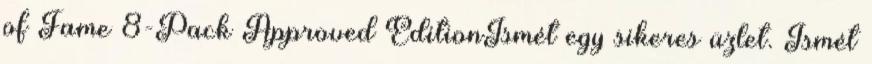
of Fame 8-Pack Approved EditionIsmét egy sikeres üzlet. Ismét